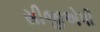
સીજીએપી